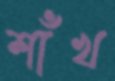
শাঁখ